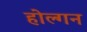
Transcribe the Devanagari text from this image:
होल्गन